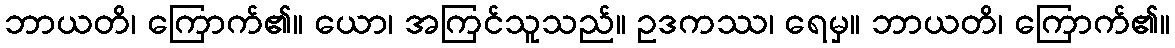
ဘာယတိ၊ ကြောက်၏။ ယော၊ အကြင်သူသည်။ ဥဒကဿ၊ ရေမှ။ ဘာယတိ၊ ကြောက်၏။